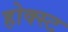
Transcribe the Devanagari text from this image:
होक्स्ट